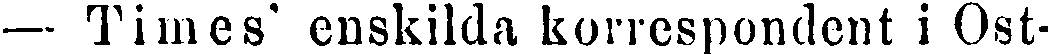
— Times' enskilda korrespondent i Ost-